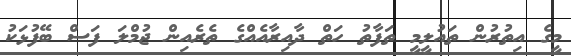
މީގެ އިތުރުން ތައުލީމީ ތަފާތު ހަތް ދާއިރާއެއްގެ ތެރެއިން ޖުމްލަ ފަސް ބޭފުޅަކު